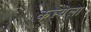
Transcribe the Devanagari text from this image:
कन्न्येला